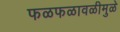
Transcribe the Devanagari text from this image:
फळफळावळीमुळे